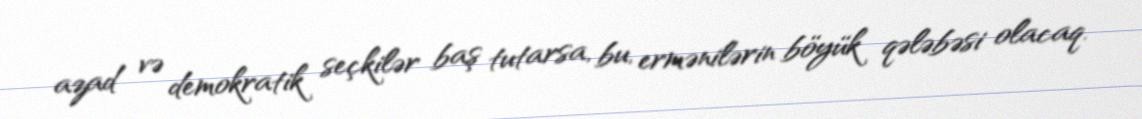
azad və demokratik seçkilər baş tutarsa, bu, ermənilərin böyük qələbəsi olacaq.